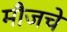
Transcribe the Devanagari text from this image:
मौजचे